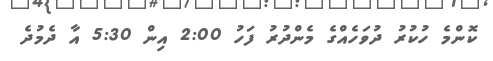
ކޮންމެ ހުކުރު ދުވަހެއްގެ މެންދުރު ފަހު 2:00 އިން 5:30 އާ ދެމުދެ